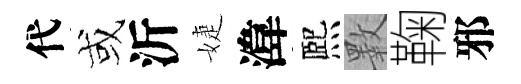
代或沂婕湋熈斁鞠邪